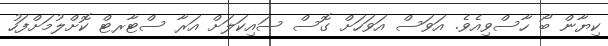
ކިޔާން ބޯ ހާސްވިއެވެ. އަވަސް އަވަހަށް ގޮސް ސައިކަލަށް އަރާ ސްޓާރޓް ކޮށްލުމަށްފަހު